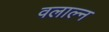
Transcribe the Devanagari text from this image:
वलाल्न